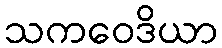
သကဝေဒိယာ